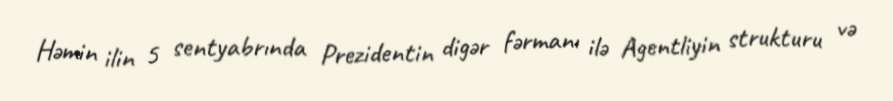
Həmin ilin 5 sentyabrında Prezidentin digər fərmanı ilə Agentliyin strukturu və